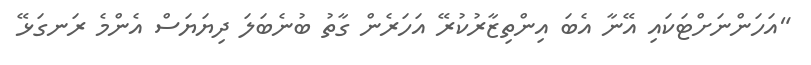
"އަހަންނަށްޓަކައި އޭނާ އެބަ އިންތިޒާރުކުރޭ އަހަރެން ގާތު ބުނެބަލަ ދިޔަޔަސް އެންމެ ރަނގަޅޭ